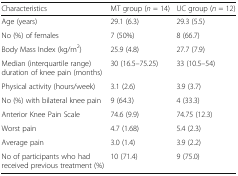
<table><thead><tr><td><b>Characteristics</b></td><td><b>MT group (<i>n</i> = 14)</b></td><td><b>UC group (<i>n</i> = 12)</b></td></tr></thead><tbody><tr><td>Age (years)</td><td>29.1 (6.3)</td><td>29.3 (5.5)</td></tr><tr><td>No (%) of females</td><td>7 (50%)</td><td>8 (66.7)</td></tr><tr><td>Body Mass Index (kg/m<sup>2</sup>)</td><td>25.9 (4.8)</td><td>27.7 (7.9)</td></tr><tr><td>Median (interquartile range) duration of knee pain (months)</td><td>30 (16.5–75.25)</td><td>33 (10.5–54)</td></tr><tr><td>Physical activity (hours/week)</td><td>3.1 (2.6)</td><td>3.9 (3.7)</td></tr><tr><td>No (%) with bilateral knee pain</td><td>9 (64.3)</td><td>4 (33.3)</td></tr><tr><td>Anterior Knee Pain Scale</td><td>74.6 (9.9)</td><td>74.75 (12.3)</td></tr><tr><td>Worst pain</td><td>4.7 (1.68)</td><td>5.4 (2.3)</td></tr><tr><td>Average pain</td><td>3.0 (1.4)</td><td>3.9 (2.2)</td></tr><tr><td>No of participants who had received previous treatment (%)</td><td>10 (71.4)</td><td>9 (75.0)</td></tr></tbody></table>